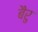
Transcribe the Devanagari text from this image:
बैरु